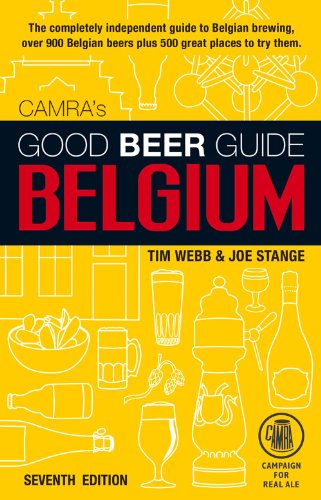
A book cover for Good Beer Guide Belgium; Tim Webb; Cookbooks, Food & Wine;